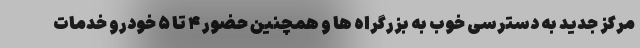
مرکز جدید به دسترسی خوب به بزرگراه ها و همچنین حضور ۴ تا ۵ خودرو خدمات